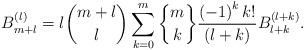
LaTeX: \begin{align*}B_{m+l}^{\left( l\right) }=l\binom{m+l}{l}\sum_{k=0}^{m}\genfrac{\{}{\}}{0pt}{}{m}{k}\frac{\left( -1\right) ^{k}k!}{\left( l+k\right) }B_{l+k}^{\left(l+k\right) }. \end{align*}